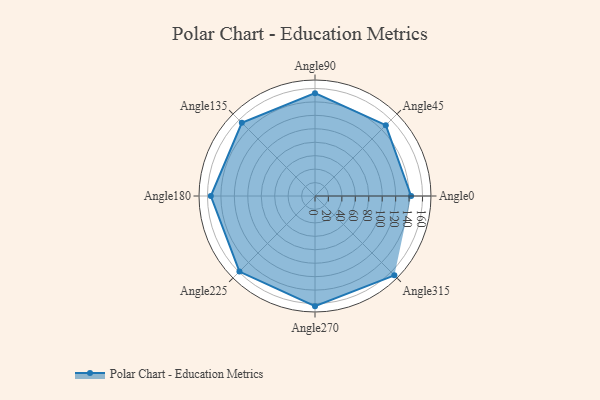
{"axis": {"x": "Angle", "y": "Radius"}, "legend": [""], "data": [{"x": "Angle0", "y": 143.0, "type": ""}, {"x": "Angle45", "y": 149.0, "type": ""}, {"x": "Angle90", "y": 153.0, "type": ""}, {"x": "Angle135", "y": 154.0, "type": ""}, {"x": "Angle180", "y": 155.0, "type": ""}, {"x": "Angle225", "y": 159.0, "type": ""}, {"x": "Angle270", "y": 164.0, "type": ""}, {"x": "Angle315", "y": 167.0, "type": ""}]}